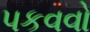
પકવવો